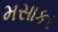
મસાકર